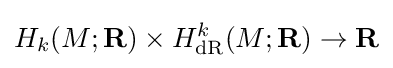
H_{k}(M;\mathbf {R} )\times H_{\text{dR}}^{k}(M;\mathbf {R} )\to \mathbf {R}